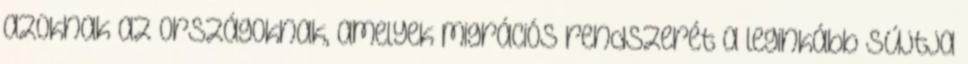
azoknak az országoknak, amelyek migrációs rendszerét a leginkább sújtja